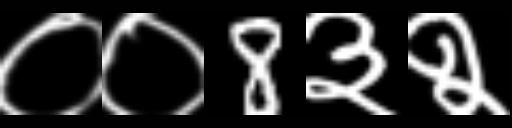
Text: ००8३२